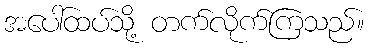
အပေါ်ထပ်သို့ တက်လိုက်ကြသည်။